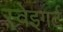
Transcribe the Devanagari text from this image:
स्वेइगर्ट